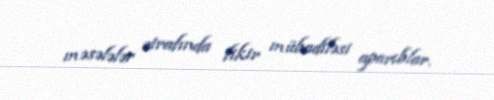
məsələlər ətrafında fikir mübadiləsi aparıblar.